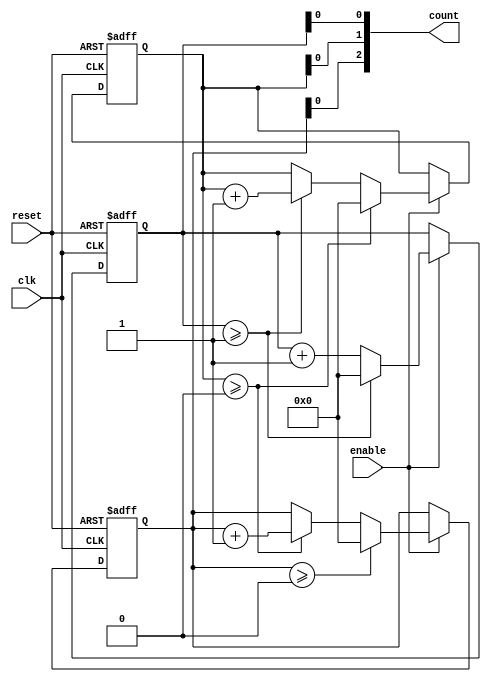
module mixed_radix_counter #(
    parameter DIGIT_COUNT = 3,          // Number of digits in the counter
    parameter [0:DIGIT_COUNT-1] RADIXES = {10, 6, 4}  // Radices for each digit
)(
    input wire clk,                      // Clock signal
    input wire reset,                    // Asynchronous reset
    input wire enable,                   // Enable signal
    output reg [DIGIT_COUNT-1:0] count  // Current count value
);

    // Internal count storage for each digit
    reg [3:0] digit [0:DIGIT_COUNT-1];  // Assuming max radix < 16

    integer i;

    // Initial block for setting up the counter
    initial begin
        for (i = 0; i < DIGIT_COUNT; i = i + 1) begin
            digit[i] = 0;                 // Initialize all digits to 0
        end
    end

    // Counting process
    always @(posedge clk or posedge reset) begin
        if (reset) begin
            // Reset all digits to zero
            for (i = 0; i < DIGIT_COUNT; i = i + 1) begin
                digit[i] <= 0;
            end
        end else if (enable) begin
            // Count logic
            // Start from the least significant digit
            digit[0] <= digit[0] + 1; // Increment the least significant digit

            // Handle the carry for each digit
            for (i = 0; i < DIGIT_COUNT; i = i + 1) begin
                if (digit[i] >= RADIXES[i]) begin
                    digit[i] <= 0;          // Reset this digit
                    if (i + 1 < DIGIT_COUNT) begin
                        digit[i + 1] <= digit[i + 1] + 1; // Carry to the next digit
                    end
                end
            end
        end
    end

    // Assign the output count value
    always @(*) begin
        count = 0; // Reset count
        for (i = 0; i < DIGIT_COUNT; i = i + 1) begin
            count[i] = digit[i]; // Assign the digit values to the count output
        end
    end

endmodule